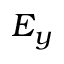
E _ { y }